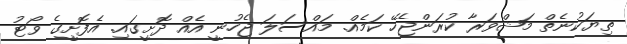
ތިޔަކުނެތް މަޝްވަރާ ކުރަންޖެހޭ ކަމެއް. މައްސަލަ ޖެހުނީ އެއް ދޮށީގައި. އެފޮށީގެ ވޯޓު